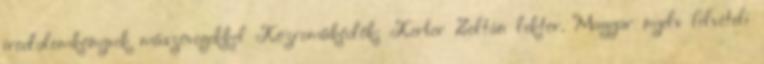
irodalomkönyvek műszövegekkel Közreműködők: Kerber Zoltán lektor. Magyar nyelv felvételi